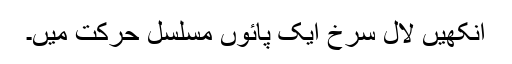
آنکھیں لال سرخ ایک پائوں مسلسل حرکت میں۔